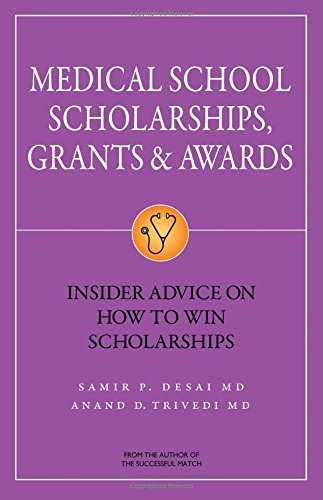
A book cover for Medical School Scholarships, Grants & Awards: Insider Advice on How to Win Scholarships; Samir P. Desai; Business & Money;